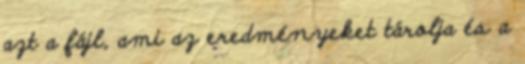
azt a fájl, ami az eredményeket tárolja és a